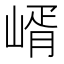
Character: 𡹲